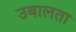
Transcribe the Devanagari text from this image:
उबालता